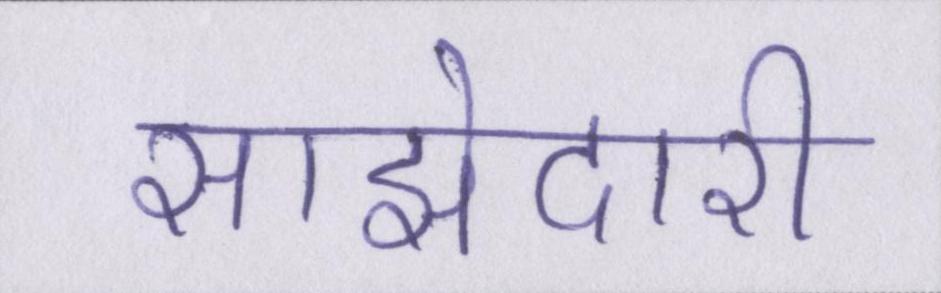
साझेदारी